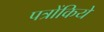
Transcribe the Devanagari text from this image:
पत्रोंकिये